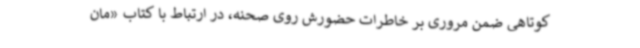
کوتاهی ضمن مروری بر خاطرات حضورش روی صحنه، در ارتباط با کتاب «مان